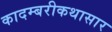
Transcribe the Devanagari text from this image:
कादम्बरीकथासार